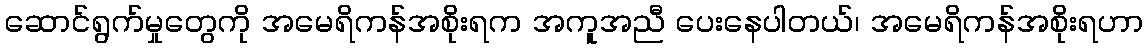
ဆောင်ရွက်မှုတွေကို အမေရိကန်အစိုးရက အကူအညီ ပေးနေပါတယ်၊ အမေရိကန်အစိုးရဟာ